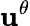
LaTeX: \mathbf{u}^{\theta}